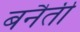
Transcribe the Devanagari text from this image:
बनैती